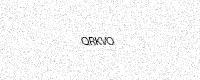
Text: QRKVO